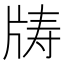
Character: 𪺣